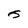
Character: J